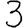
Digit: 3